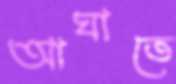
আঘাতে